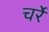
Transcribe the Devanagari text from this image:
चर्रे